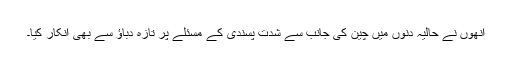
انھوں نے حالیہ دنوں میں چین کی جانب سے شدت پسندی کے مسئلے پر تازہ دباؤ سے بھی انکار کیا۔